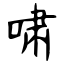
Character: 啸